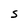
Character: S